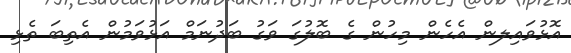
އޮޅުވައިލން އެހެން މިހުން ގެ ބޮލުގަ ވަގު ބަދުނަމް އަޅުވަމުން އެތިބަ ތެޅި